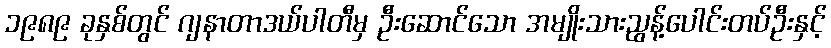
၁၉၈၉ ခုနှစ်တွင် ဂျနာတာဒယ်ပါတီမှ ဦးဆောင်သော အမျိုးသားညွန့်ပေါင်းတပ်ဦးနှင့်